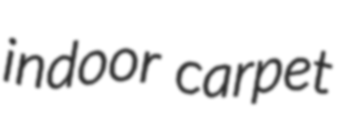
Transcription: indoor carpet